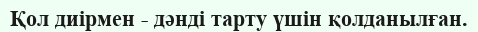
Қол диірмен - дәнді тарту үшін қолданылған.